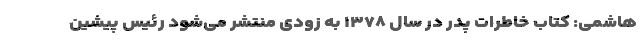
هاشمی: کتاب خاطرات پدر در سال ۱۳۷۸ به زودی منتشر می‌شود رئیس پیشین